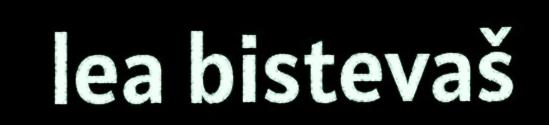
lea bistevaš